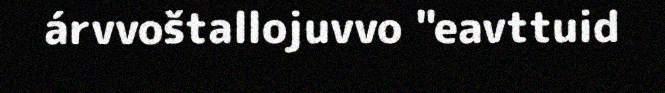
árvvoštallojuvvo "eavttuid